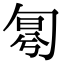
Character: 𠣤